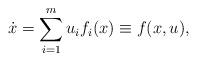
LaTeX: \begin{align*}\dot x = \sum_{i=1}^m u_i f_i (x)\equiv f(x,u),\end{align*}